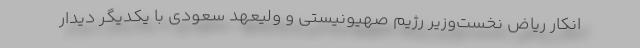
انکار ریاض نخست‌وزیر رژیم صهیونیستی و ولیعهد سعودی با یکدیگر دیدار